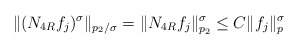
\begin{align*} \Vert(N_{4R}f_j)^\sigma \Vert_{p_2/\sigma}=\Vert N_{4R}f_j \Vert^{\sigma}_{p_2} \leq C\Vert f_j\Vert^{\sigma}_{p} \end{align*}